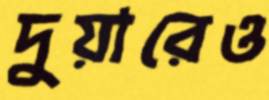
দুয়ারেও